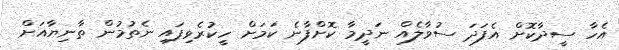
އެހާ ސީދާކޮށް އެފަދަ ސުވާލެއް ނަދީމާ ކޮށްފާނެ ކަމަށް ހީކުރެވިފައި ނެތުމުން ތާނިޔާއަށް